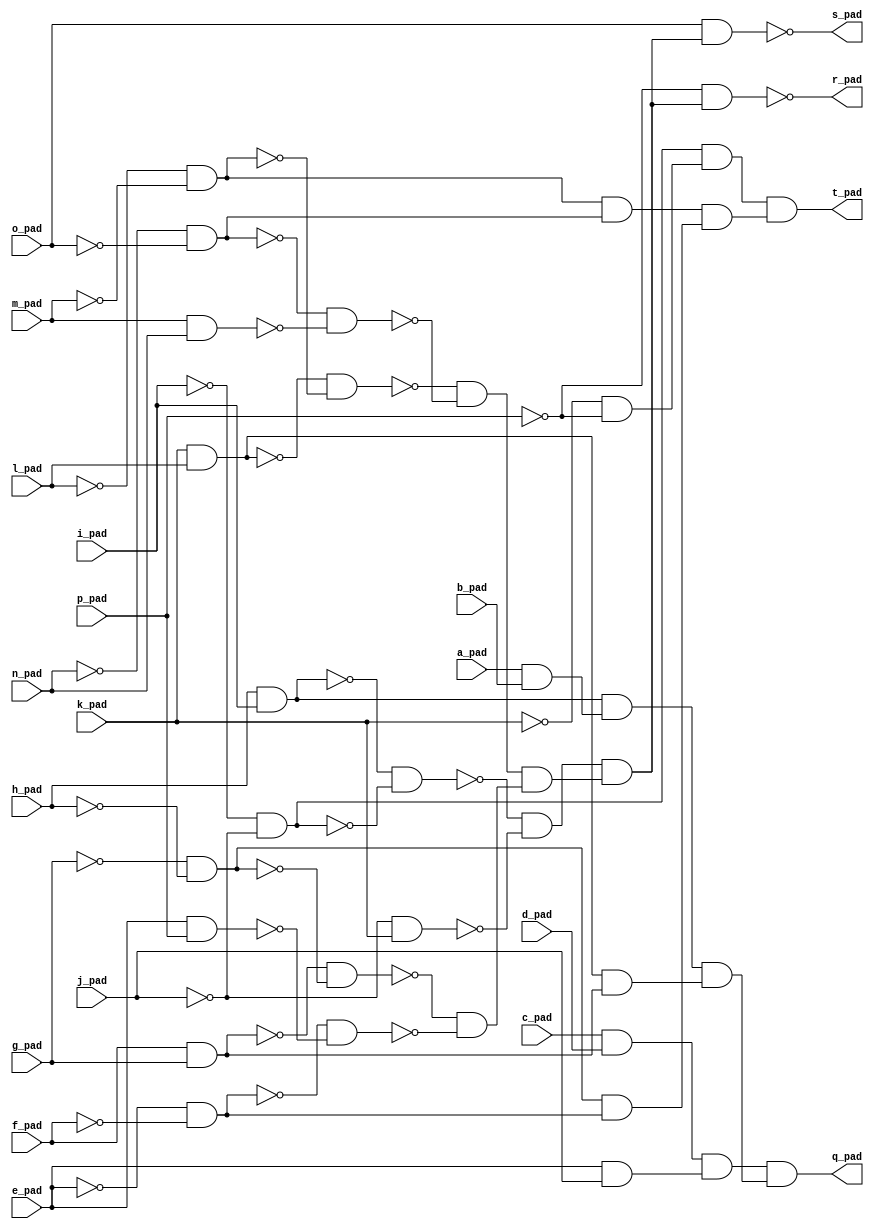
module top( a_pad , b_pad , c_pad , d_pad , e_pad , f_pad , g_pad , h_pad , i_pad , j_pad , k_pad , l_pad , m_pad , n_pad , o_pad , p_pad , q_pad , r_pad , s_pad , t_pad );
  input a_pad ;
  input b_pad ;
  input c_pad ;
  input d_pad ;
  input e_pad ;
  input f_pad ;
  input g_pad ;
  input h_pad ;
  input i_pad ;
  input j_pad ;
  input k_pad ;
  input l_pad ;
  input m_pad ;
  input n_pad ;
  input o_pad ;
  input p_pad ;
  output q_pad ;
  output r_pad ;
  output s_pad ;
  output t_pad ;
  wire n17 , n18 , n19 , n20 , n21 , n22 , n23 , n24 , n25 , n26 , n27 , n28 , n29 , n30 , n31 , n32 , n33 , n34 , n35 , n36 , n37 , n38 , n39 , n40 , n41 , n42 , n43 , n44 , n45 , n46 , n47 , n48 , n49 , n50 , n51 , n52 , n53 ;
  assign n21 = c_pad & d_pad ;
  assign n22 = e_pad & j_pad ;
  assign n23 = n21 & n22 ;
  assign n17 = h_pad & i_pad ;
  assign n20 = a_pad & b_pad ;
  assign n24 = n17 & n20 ;
  assign n18 = k_pad & l_pad ;
  assign n19 = f_pad & g_pad ;
  assign n25 = n18 & n19 ;
  assign n26 = n24 & n25 ;
  assign n27 = n23 & n26 ;
  assign n28 = ~i_pad & ~j_pad ;
  assign n29 = ~n17 & ~n28 ;
  assign n35 = ~j_pad & k_pad ;
  assign n41 = ~n29 & ~n35 ;
  assign n30 = ~l_pad & ~m_pad ;
  assign n31 = ~n18 & ~n30 ;
  assign n32 = ~n_pad & ~o_pad ;
  assign n33 = m_pad & n_pad ;
  assign n34 = ~n32 & ~n33 ;
  assign n42 = ~n31 & ~n34 ;
  assign n36 = ~g_pad & ~h_pad ;
  assign n37 = ~n19 & ~n36 ;
  assign n38 = ~e_pad & ~f_pad ;
  assign n39 = e_pad & p_pad ;
  assign n40 = ~n38 & ~n39 ;
  assign n43 = ~n37 & ~n40 ;
  assign n44 = n42 & n43 ;
  assign n45 = n41 & n44 ;
  assign n46 = ~p_pad & n45 ;
  assign n47 = o_pad & n45 ;
  assign n48 = ~k_pad & ~p_pad ;
  assign n49 = n28 & n48 ;
  assign n50 = n30 & n32 ;
  assign n51 = n36 & n38 ;
  assign n52 = n50 & n51 ;
  assign n53 = n49 & n52 ;
  assign q_pad = n27 ;
  assign r_pad = ~n46 ;
  assign s_pad = ~n47 ;
  assign t_pad = n53 ;
endmodule